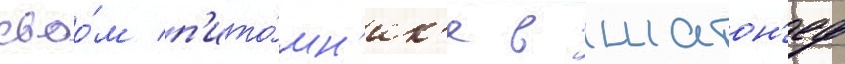
своо́м п'ито́мн'ик'е в шатон'еф